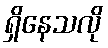
ရှိနေသလို